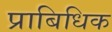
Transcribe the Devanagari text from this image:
प्राबिधिक